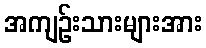
အကျဉ်းသားများအား